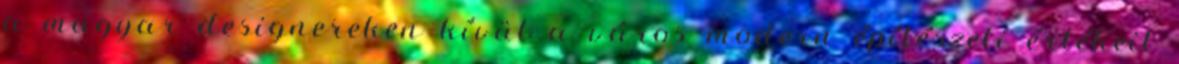
a magyar designereken kívül a város modern építészeti értékeit